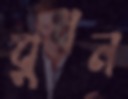
বুধন